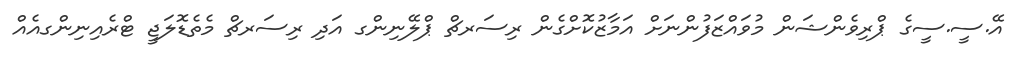
އޭ.ސީ.ސީގެ ޕްރިވެންޝަން މުވައްޒަފުންނަށް އަމާޒުކޮށްގެން ރިސަރޗް ޕްލޭނިންގ އަދި ރިސަރޗް މެތެޑޮލަޖީ ޓްރެއިނިންގއެއް